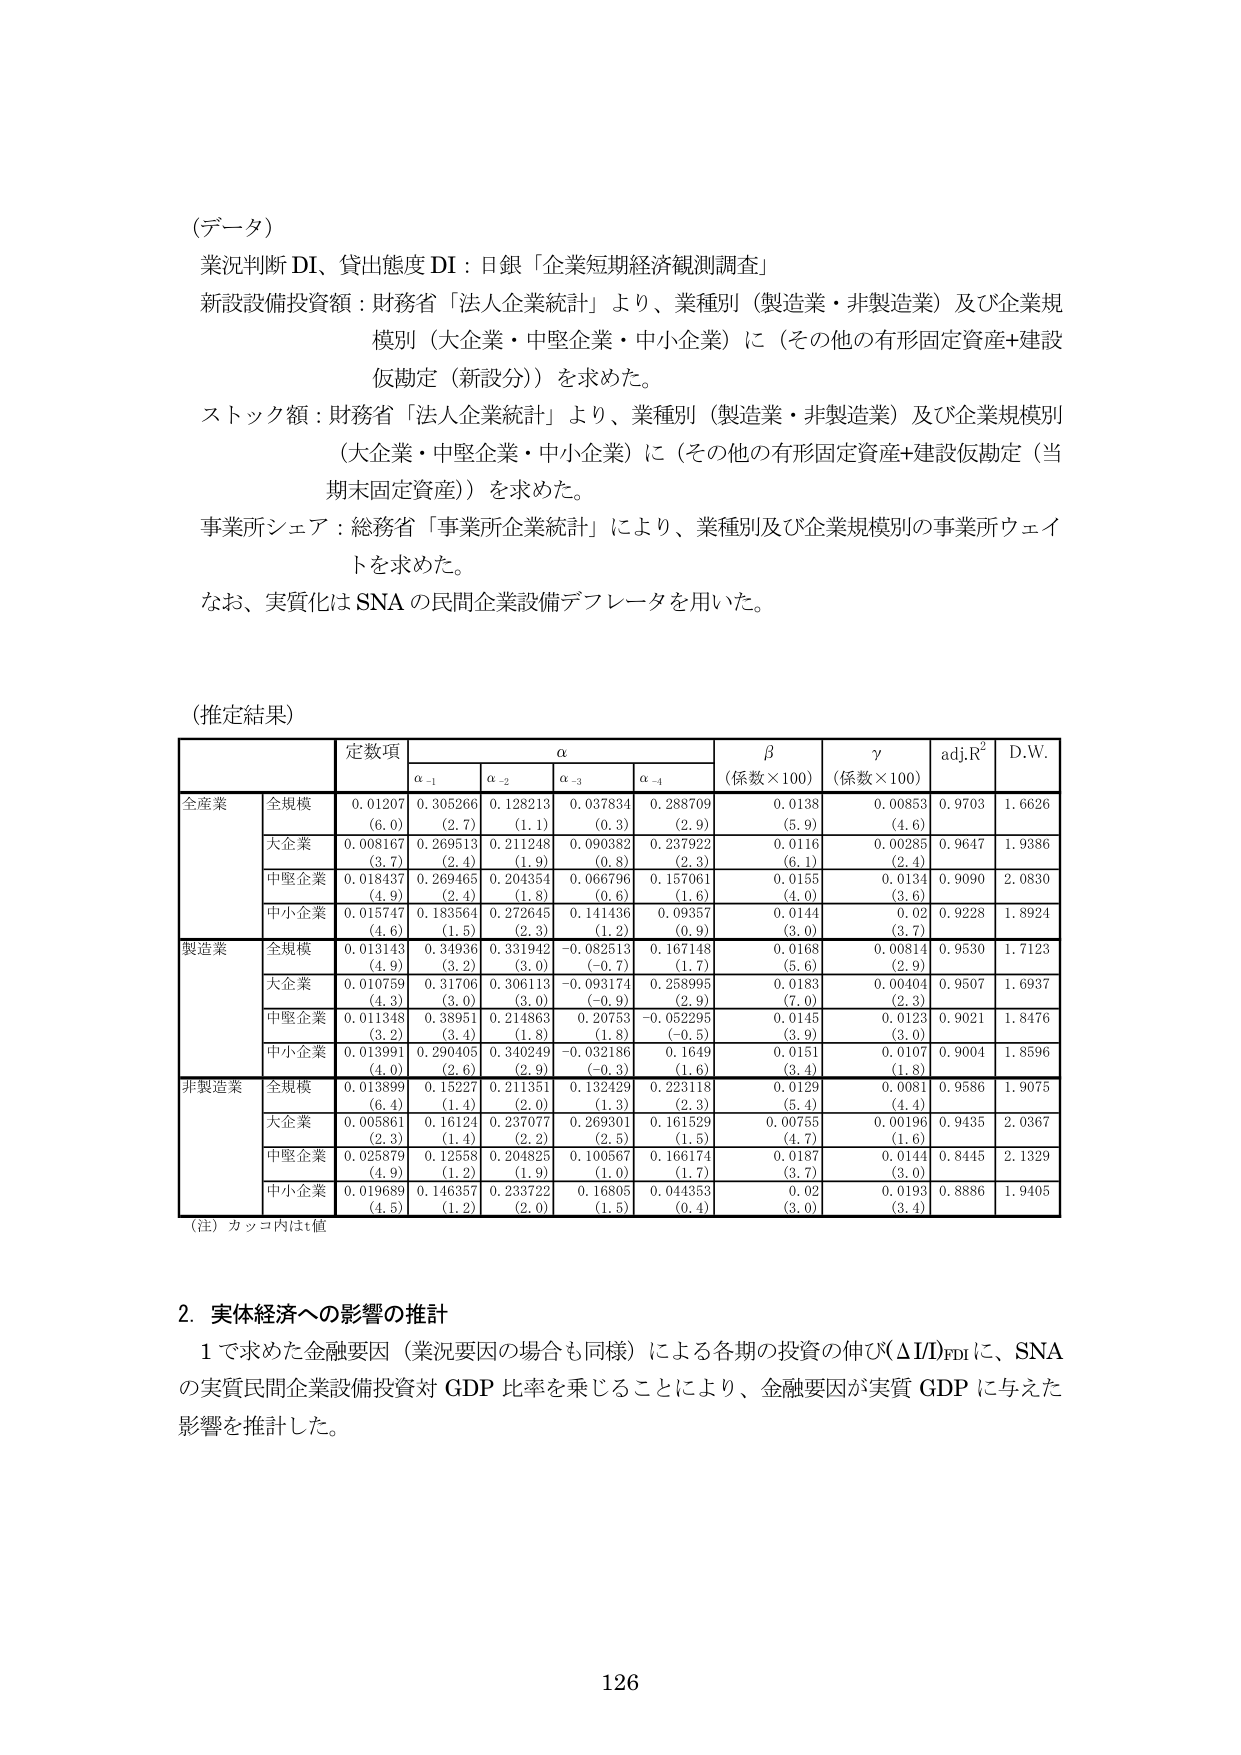
(データ)
業況判断 DI、貸出態度 DI：日銀「企業短期経済観測調査」
新設設備投資額：財務省「法人企業統計」より、業種別（製造業・非製造業）及び企業規模別（大企業・中堅企業・中小企業）に（その他の有形固定資産+建設仮勘定（新設））を求めた。
ストック額：財務省「法人企業統計」より、業種別（製造業・非製造業）及び企業規模別（大企業・中堅企業・中小企業）に（その他の有形固定資産+建設仮勘定（当期末固定資産））を求めた。
事業所シェア：総務省「事業所企業統計」により、業種別及び企業規模別の事業所ウェイトを求めた。
なお、実質化は SNA の民間企業設備デフレータを用いた。

(推定結果)
| | | 定数項 | α | β (係数×100) | γ (係数×100) | adj.R² | D.W. |
|---|---|---|---|---|---|---|---|
| | | | α₋₁ | α₋₂ | α₋₃ | α₋₄ | | |
| 全産業 | 全規模 | 0.01207 (6.0) | 0.305266 (2.7) | 0.128213 (1.1) | 0.037834 (0.3) | 0.288709 (2.9) | 0.0138 (5.9) | 0.00853 (4.6) | 0.9703 | 1.6626 |
| | 大企業 | 0.008167 (3.7) | 0.269513 (2.4) | 0.211248 (1.9) | 0.090382 (0.8) | 0.237922 (2.3) | 0.0116 (6.1) | 0.00285 (2.4) | 0.9647 | 1.9386 |
| | 中堅企業 | 0.018437 (4.9) | 0.269465 (2.4) | 0.204354 (1.8) | 0.066796 (0.6) | 0.157061 (1.6) | 0.0155 (4.0) | 0.0134 (3.6) | 0.9090 | 2.0830 |
| | 中小企業 | 0.015747 (4.6) | 0.183564 (1.5) | 0.272645 (2.3) | 0.141436 (1.2) | 0.09357 (0.9) | 0.0144 (3.0) | 0.02 (3.7) | 0.9228 | 1.8924 |
| 製造業 | 全規模 | 0.013143 (4.9) | 0.34936 (3.2) | 0.331942 (3.0) | -0.082513 (-0.7) | 0.167148 (1.7) | 0.0168 (5.6) | 0.00814 (2.9) | 0.9530 | 1.7123 |
| | 大企業 | 0.010759 (4.3) | 0.31706 (3.0) | 0.306113 (3.0) | -0.093174 (-0.9) | 0.258995 (2.9) | 0.0183 (7.0) | 0.00404 (2.3) | 0.9507 | 1.6937 |
| | 中堅企業 | 0.011348 (3.2) | 0.38951 (3.4) | 0.214863 (1.8) | 0.20753 (1.8) | -0.052295 (-0.5) | 0.0145 (3.9) | 0.0123 (3.0) | 0.9021 | 1.8476 |
| | 中小企業 | 0.013991 (4.0) | 0.290405 (2.6) | 0.340249 (2.9) | -0.032186 (-0.3) | 0.1649 (1.6) | 0.0151 (3.4) | 0.0107 (1.8) | 0.9004 | 1.8596 |
| 非製造業 | 全規模 | 0.013899 (6.4) | 0.15227 (1.4) | 0.211351 (2.0) | 0.132429 (1.3) | 0.223118 (2.3) | 0.0129 (5.4) | 0.0081 (4.4) | 0.9586 | 1.9075 |
| | 大企業 | 0.005861 (2.3) | 0.16124 (1.4) | 0.237077 (2.2) | 0.269301 (2.5) | 0.161529 (1.5) | 0.00755 (4.7) | 0.00196 (1.6) | 0.9435 | 2.0367 |
| | 中堅企業 | 0.025879 (4.9) | 0.12558 (1.2) | 0.204825 (1.9) | 0.100567 (1.0) | 0.166174 (1.7) | 0.0187 (3.7) | 0.0144 (3.0) | 0.8445 | 2.1329 |
| | 中小企業 | 0.019689 (4.5) | 0.146357 (1.2) | 0.233722 (2.0) | 0.16805 (1.5) | 0.044353 (0.4) | 0.02 (3.0) | 0.0193 (3.4) | 0.8886 | 1.9405 |
(注) カッコ内はt値

2. 実体経済への影響の推計
1 で求めた金融要因（業況要因の場合も同様）による各期の投資の伸び(ΔI/D)Fdi に、SNA の実質民間企業設備投資対 GDP 比率を乗じることにより、金融要因が実質 GDP に与えた影響を推計した。

126